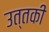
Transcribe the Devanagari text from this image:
उत्तकी